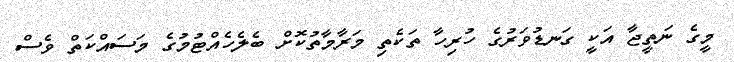
މީގެ ނަތީޖާ އަކީ ގަނޑުވަރުގެ ހުރިހާ ތަކެތި މަރާމާތުކޮށް ބެލެހެއްޓުމުގެ މަސައްކަތް ވެސް